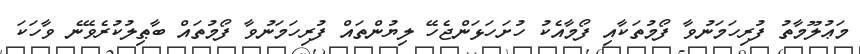
މަޢުލޫމާތު ފުރިހަމަނުވާ ފޯމުތަކާއި ފޯމާއެކު ހުށަހަޅަންޖެހޭ ލިޔުންތައް ފުރިހަމަނުވާ ފޯމުތައް ބާޠިލުކުރެވޭނެ ވާހަކަ